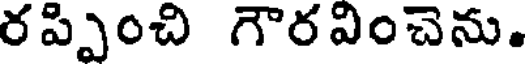
రప్పించి గౌరవించెను.